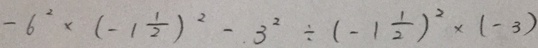
- 6 ^ { 2 } \times ( - 1 \frac { 1 } { 2 } ) ^ { 2 } - 3 ^ { 2 } \div ( - 1 \frac { 1 } { 2 } ) ^ { 2 } \times ( - 3 )